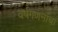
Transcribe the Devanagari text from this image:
वर्षगणनांचा